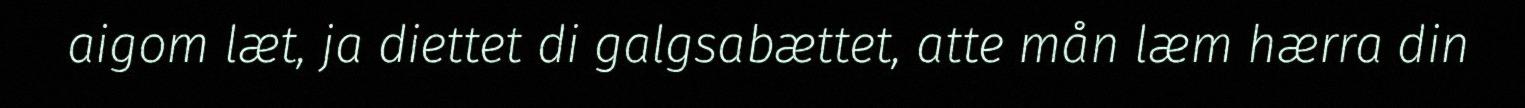
aigom læt, ja diettet di galgsabættet, atte mån læm hærra din